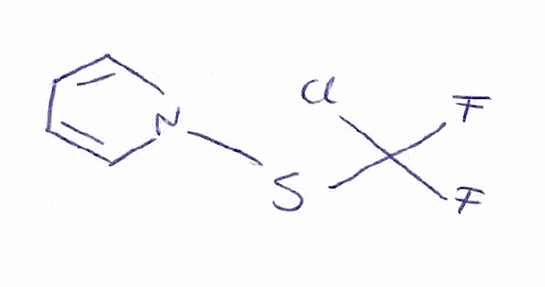
Simplified molecular-input line-entry system (SMILES) notation of the given molecule:
C1=CN(C=C1)SC(F)(F)Cl